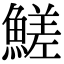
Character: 䱹